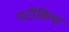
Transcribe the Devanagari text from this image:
पटीकिया